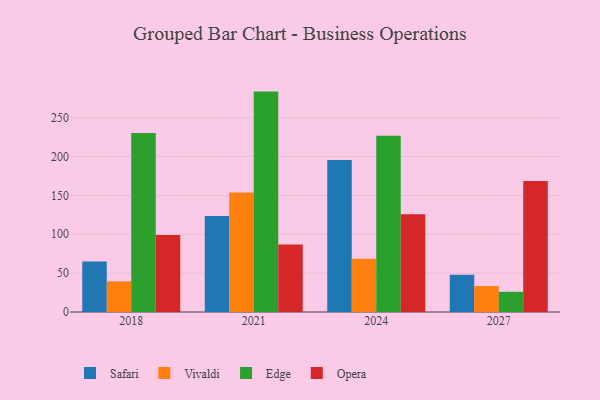
{"axis": {"x": "Year", "y": "Temperature (°C)"}, "legend": ["Edge", "Opera", "Safari", "Vivaldi"], "data": [{"x": "2024", "y": 195.6, "type": "Safari"}, {"x": "2024", "y": 68.5, "type": "Vivaldi"}, {"x": "2024", "y": 226.8, "type": "Edge"}, {"x": "2024", "y": 125.7, "type": "Opera"}, {"x": "2021", "y": 123.6, "type": "Safari"}, {"x": "2021", "y": 153.6, "type": "Vivaldi"}, {"x": "2021", "y": 283.5, "type": "Edge"}, {"x": "2021", "y": 86.7, "type": "Opera"}, {"x": "2027", "y": 48.0, "type": "Safari"}, {"x": "2027", "y": 33.4, "type": "Vivaldi"}, {"x": "2027", "y": 26.0, "type": "Edge"}, {"x": "2027", "y": 168.6, "type": "Opera"}, {"x": "2018", "y": 65.1, "type": "Safari"}, {"x": "2018", "y": 39.4, "type": "Vivaldi"}, {"x": "2018", "y": 230.3, "type": "Edge"}, {"x": "2018", "y": 98.9, "type": "Opera"}]}